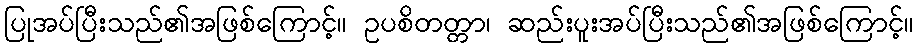
ပြုအပ်ပြီးသည်၏အဖြစ်ကြောင့်။ ဥပစိတတ္တာ၊ ဆည်းပူးအပ်ပြီးသည်၏အဖြစ်ကြောင့်။